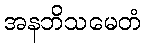
အနဘိသမေတံ